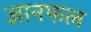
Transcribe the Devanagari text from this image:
ज्ञानफल